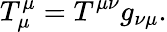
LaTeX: T_{\mu}^{\mu}=T^{\mu\nu}g_{\nu\mu}.